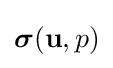
{\textstyle {\boldsymbol {\sigma }}(\mathbf {u} ,p)}